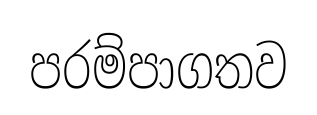
පරම්පාගතව